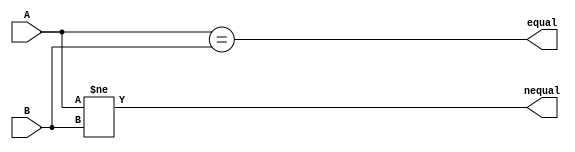
module CMP(
    input [31:0] A,
    input [31:0] B,
    output reg nequal,
    output reg equal
);
    always @(*) begin
        equal = (A == B);
        nequal = (A != B);
    end
endmodule